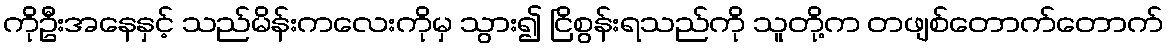
ကိုဦးအနေနှင့် သည်မိန်းကလေးကိုမှ သွား၍ ငြိစွန်းရသည်ကို သူတို့က တဖျစ်တောက်တောက်